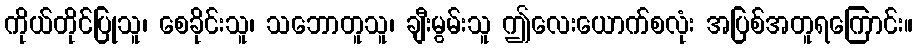
ကိုယ်တိုင်ပြုသူ၊ စေခိုင်းသူ၊ သဘောတူသူ၊ ချီးမွမ်းသူ ဤလေးယောက်စလုံး အပြစ်အတူရကြောင်း။